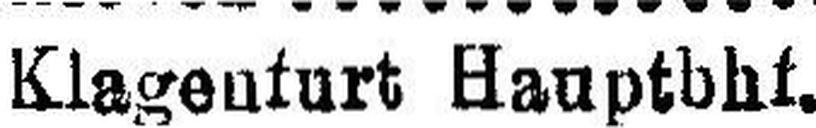
Klagenturt Hauptbhf.